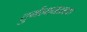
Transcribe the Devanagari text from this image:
दुर्गन्धनाशक